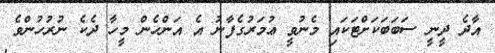
އާދެ ދީނީ ސަބަބަކަށްޓަކައި މެނުވީ ޢުމަރުގެފާނު އެ އަންހެން މީހާ ދެކެ ނުރުހުންވެ